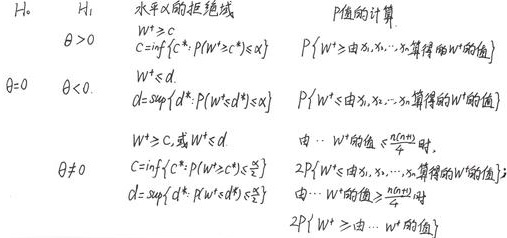
\begin{tabular}{|c|c|l|l|}
$H_0$ & $H_1$ & 水平$\alpha$的拒绝域 & $P$值的计算 \\
$\theta > 0$ &  & $W^+ \geqslant c$ &  \\
 &  & $c = \inf\{c^* : P(W^+ \geqslant c^*) \leqslant \alpha\}$ & $P\{W^+ \geqslant \text{由}x_1,\cdots,x_n\text{计算得的}W^+\text{的值}\}$ \\
$\theta = 0$ & $\theta < 0$ & $W^+ \leqslant d$ &  \\
 &  & $d=\sup\{d^* : P(W^+ \leqslant d^*) \leqslant \alpha\}$ & $P\{W^+ \leqslant \text{由}x_1,\cdots,x_n\text{计算得的}W^+\text{的值}\}$ \\
$\theta \neq 0$ &  & $W^+ \geqslant c\text{或}W^+ \leqslant d$ &  \\
 &  & $c = \inf\{c^* : P(W^+ \geqslant c^*) \leqslant \frac{\alpha}{2}\}$ & \makecell{由…$W^+$的值$<\frac{n(n + 1)}{4}$时, \\$2P\{W^+ \leqslant \text{由}x_1,\cdots,x_n\text{计算得的}W^+\text{的值}\}$} \\
 &  & $d=\sup\{d^* : P(W^+ \leqslant d^*) \leqslant \frac{\alpha}{2}\}$ & \makecell{由…$W^+$的值$\geqslant\frac{n(n + 1)}{4}$时, \\$2P\{W^+ \geqslant \text{…}W^+\text{的值}\}$}
\end{tabular}